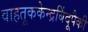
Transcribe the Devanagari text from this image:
वाहतूककेन्द्रबिंदूपैकी